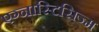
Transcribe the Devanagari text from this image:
एग्नास्टिसिज्म